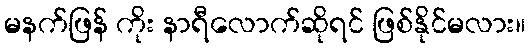
မနက်ဖြန် ကိုး နာရီလောက်ဆိုရင် ဖြစ်နိုင်မလား။